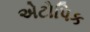
એટોપિક